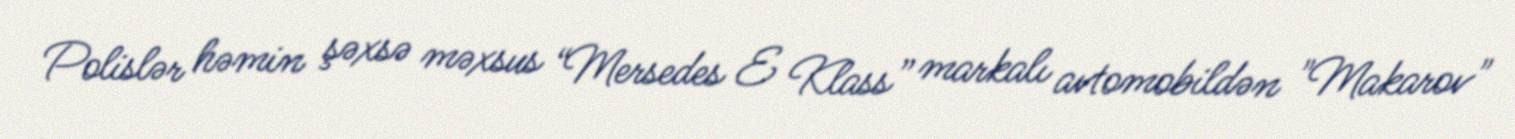
Polislər həmin şəxsə məxsus “Mersedes E Klass” markalı avtomobildən "Makarov"